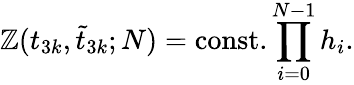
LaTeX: \mathbb{Z}(t_{3k},\tilde{{t}}_{3k};N)=\mathrm{{const.}}\prod_{i=0}^{N-1}h_{i}.